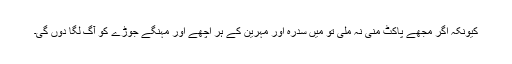
کیونکہ اگر مجھے پاکٹ منی نہ ملی تو میں سدرہ اور مہرین کے ہر اچھے اور مہنگے جوڑے کو آگ لگا دوں گی۔